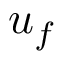
\boldsymbol { u } _ { f }